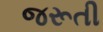
જરૂતી